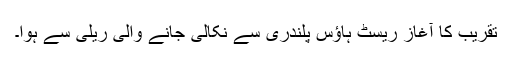
تقریب کا آغاز ریسٹ ہاؤس پلندری سے نکالی جانے والی ریلی سے ہوا۔